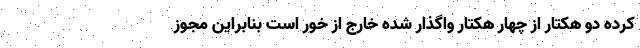
کرده دو هکتار از چهار هکتار واگذار شده خارج از خور است بنابراین مجوز